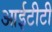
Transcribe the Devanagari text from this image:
आईटीटी